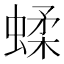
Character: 蝚